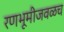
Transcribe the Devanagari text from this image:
रणभूमीजवळच